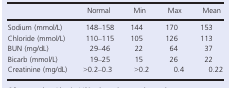
<table><thead><tr><td></td><td><b>Normal</b></td><td><b>Min</b></td><td><b>Max</b></td><td><b>Mean</b></td></tr></thead><tbody><tr><td>Sodium (mmol/L)</td><td>148–158</td><td>144</td><td>170</td><td>153</td></tr><tr><td>Chloride (mmol/L)</td><td>110–115</td><td>105</td><td>126</td><td>113</td></tr><tr><td>BUN (mg/dL)</td><td>29–46</td><td>22</td><td>64</td><td>37</td></tr><tr><td>Bicarb (mmol/L)</td><td>19–25</td><td>15</td><td>26</td><td>22</td></tr><tr><td>Creatinine (mg/dL)</td><td>&gt;0.2–0.3</td><td>&gt;0.2</td><td>0.4</td><td>0.22</td></tr></tbody></table>